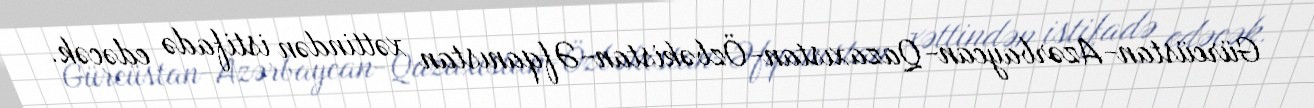
Gürcüstan-Azərbaycan-Qazaxıstan-Özbəkistan-Əfqanıstan xəttindən istifadə edəcək.